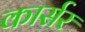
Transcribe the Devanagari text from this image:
कार्सर